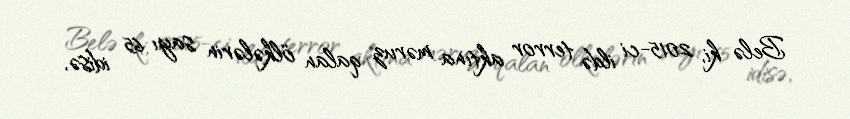
Belə ki, 2015-ci ildə terror aktına məruz qalan ölkələrin sayı 65 idisə,